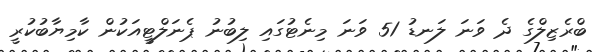
ބްރެޒިލްގެ ދެ ވަނަ ލަނޑު 51 ވަނަ މިނެޓުގައި ލިބުނު ޕެނަލްޓީއަކުން ކާމިޔާބުކުރީ